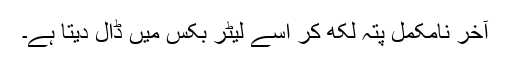
آخر نامکمل پتہ لکھ کر اسے لیٹر بکس میں ڈال دیتا ہے۔